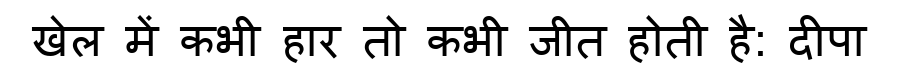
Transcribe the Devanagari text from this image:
खेल में कभी हार तो कभी जीत होती है: दीपा